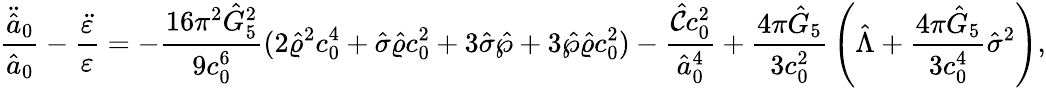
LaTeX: {\frac{\ddot{\hat{a}}_{0}}{\hat{a}_{0}}}-{\frac{\ddot{\varepsilon}}{\varepsilon}}=-{\frac{16\pi^{2}\hat{G}_{5}^{2}}{9c_{0}^{6}}}(2\hat{\varrho}^{2}c_{0}^{4}+\hat{\sigma}\hat{\varrho}c_{0}^{2}+3\hat{\sigma}\hat{\wp}+3\hat{\wp}\hat{\varrho}c_{0}^{2})-{\frac{\hat{\cal C}c_{0}^{2}}{\hat{a}_{0}^{4}}}+{\frac{4\pi\hat{G}_{5}}{3c_{0}^{2}}}\left(\hat{\Lambda}+{\frac{4\pi\hat{G}_{5}}{3c_{0}^{4}}}\hat{\sigma}^{2}\right),